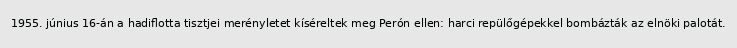
1955. június 16-án a hadiflotta tisztjei merényletet kíséreltek meg Perón ellen: harci repülőgépekkel bombázták az elnöki palotát.